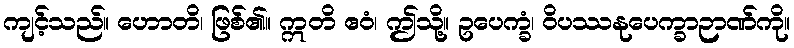
ကျင့်သည်။ ဟောတိ၊ ဖြစ်၏။ ဣတိ ဧဝံ၊ ဤသို့။ ဥပေက္ခံ၊ ဝိပဿနုပေက္ခာဉာဏ်ကို။